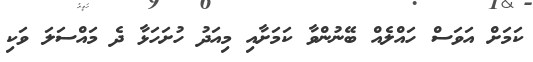
ކަމަށް އަވަސް ހައްލެއް ބޭނުންވާ ކަމަށާއި މިއަދު ހުށަހަޅާ ދެ މައްސަލަ ވަކި